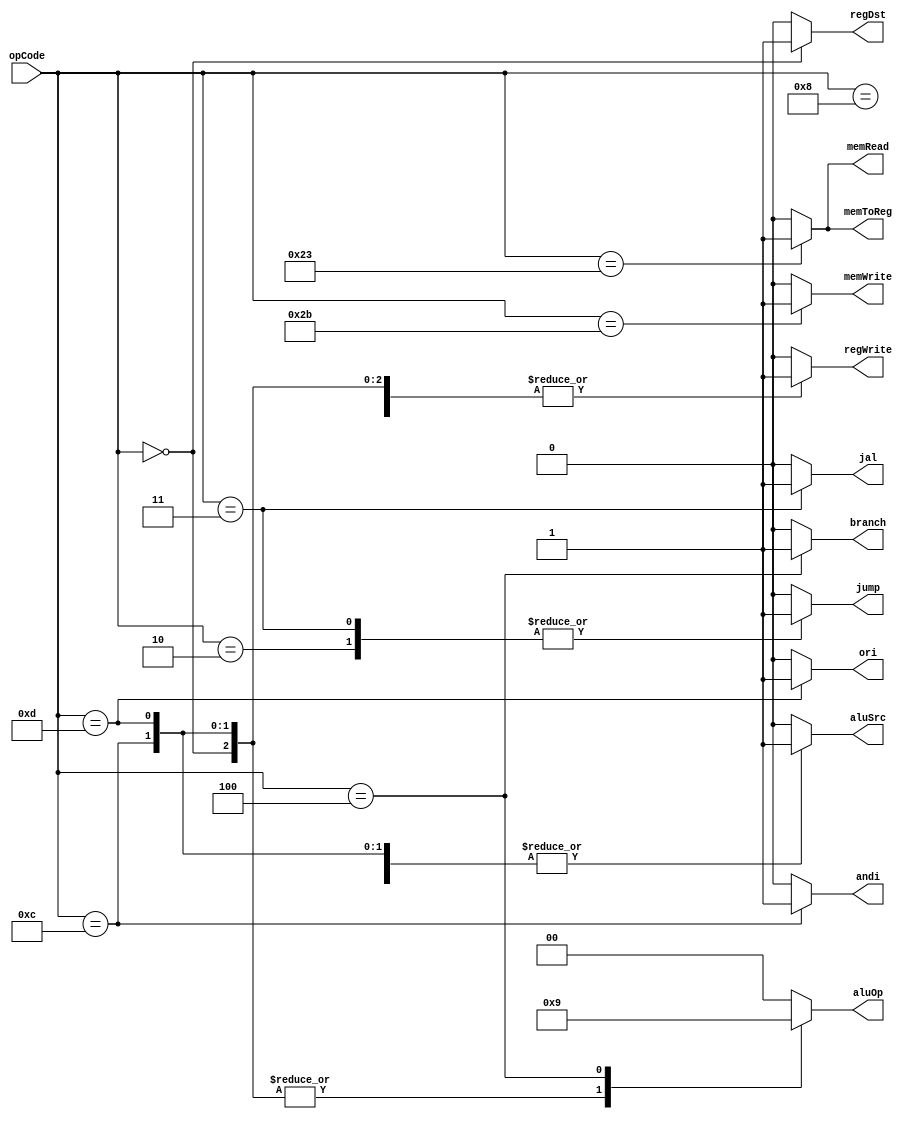
`timescale 1ns / 1ps
//////////////////////////////////////////////////////////////////////////////////
// Company: 
// Engineer: 
// 
// Design Name: 
// Module Name: Ctr
// Project Name: 
// Target Devices: 
// Tool Versions: 
// Description: 
// 
// Dependencies: 
// 
// Revision:
// Revision 0.01 - File Created
// Additional Comments:
// 
//////////////////////////////////////////////////////////////////////////////////


module Ctr(
    input [5:0] opCode,
    output reg regDst,
    output reg aluSrc,
    output reg memToReg,
    output reg regWrite,
    output reg memRead,
    output reg memWrite,
    output reg branch,
    output reg [1:0] aluOp,
    output reg jump,
    output reg andi,
    output reg ori,
    output reg jal
    );
    
    always @ (opCode)
    begin
        case(opCode)
        6'b000000:  //R type
        begin
            regDst = 1;
            aluSrc = 0;
            memToReg = 0;
            regWrite = 1;
            memRead = 0;
            memWrite = 0;
            branch = 0;
            aluOp = 2'b10;
            jump = 0;
            andi = 0;
            ori = 0;
            jal = 0;
        end
        
        6'b100011:  //I type: lw
        begin
            regDst = 0;
            aluSrc = 1;
            memToReg = 1;
            regWrite = 1;
            memRead = 1;
            memWrite = 0;
            branch = 0;
            aluOp = 2'b00;
            jump = 0;
            andi = 0;
            ori = 0;
            jal = 0;
        end
        
        6'b101011:  //I type: sw
        begin
            regDst = 0;
            aluSrc = 1;
            memToReg = 0;
            regWrite = 0;
            memRead = 0;
            memWrite = 1;
            branch = 0;
            aluOp = 2'b00;
            jump = 0;
            andi = 0;
            ori = 0;
            jal = 0;
        end
        
        6'b001000:   //I type: addi
        begin
            regDst = 0;
            aluSrc = 1;
            memToReg = 0;
            regWrite = 1;
            memRead = 0;
            memWrite = 0;
            branch = 0;
            aluOp = 2'b00;
            jump = 0;
            andi = 0;
            ori = 0;
            jal = 0;
        end
        
        6'b001100:  //I type: andi
        begin
            regDst = 0;
            aluSrc = 1;
            memToReg = 0;
            regWrite = 1;
            memRead = 0;
            memWrite = 0;
            branch = 0;
            aluOp = 2'b10;
            jump = 0;
            andi = 1;
            ori = 0;
            jal = 0;
        end
        
        6'b001101:  //I type: ori
        begin
            regDst = 0;
            aluSrc = 1;
            memToReg = 0;
            regWrite = 1;
            memRead = 0;
            memWrite = 0;
            branch = 0;
            aluOp = 2'b10;
            jump = 0;
            andi = 0;
            ori = 1;
            jal = 0;
        end
        
        
        6'b000100:  //I type: beq
        begin
            regDst = 0;
            aluSrc = 0;
            memToReg = 0;
            regWrite = 0;
            memRead = 0;
            memWrite = 0;
            branch = 1;
            aluOp = 2'b01;
            jump = 0;
            andi = 0;
            ori = 0;
            jal = 0;
        end
        
        6'b000010:  //J type: j
        begin
            regDst = 0;
            aluSrc = 0;
            memToReg = 0;
            regWrite = 0;
            memRead = 0;
            memWrite =0;
            branch = 0;
            aluOp = 2'b00;
            jump = 1;
            andi = 0;
            ori = 0;
            jal = 0;
        end
        
        6'b000011: //J type: jal
        begin
            regDst = 0;
            aluSrc = 0;
            memToReg = 0;
            regWrite = 0;
            memRead = 0;
            memWrite =0;
            branch = 0;
            aluOp = 2'b00;
            jump = 1;
            andi = 0;
            ori = 0;
            jal = 1;
        end
        
        default:
        begin
            regDst = 0;
            aluSrc = 0;
            memToReg = 0;
            regWrite = 0;
            memRead = 0;
            memWrite =0;
            branch = 0;
            aluOp = 2'b00;
            jump = 0;
            andi = 0;
            ori = 0;
            jal = 0;
        end
    endcase
    end
endmodule